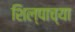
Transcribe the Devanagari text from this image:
शिल्पाच्या